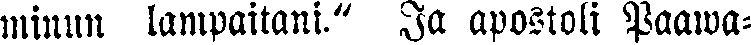
minun lampaitani." Ja apostoli Paawa-